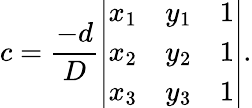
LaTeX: c={\frac{-d}{D}}{\left|\begin{array}{lll}{x_{1}}&{y_{1}}&{1}\\ {x_{2}}&{y_{2}}&{1}\\ {x_{3}}&{y_{3}}&{1}\end{array}\right|}.